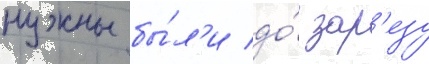
нужны бы́л'и до́ зар'езу